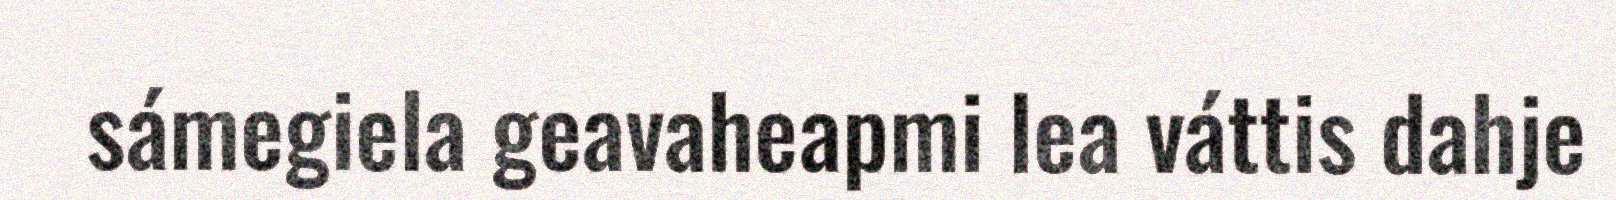
sámegiela geavaheapmi lea váttis dahje